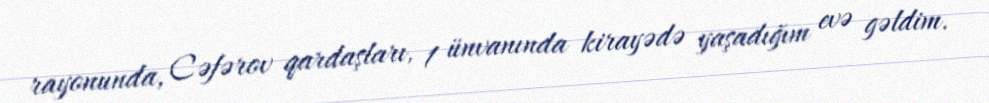
rayonunda, Cəfərov qardaşları, 1 ünvanında kirayədə yaşadığım evə gəldim.